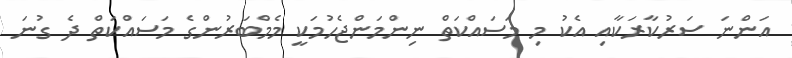
އަންނަ ސަރުކާރަކާއި އެކު މި މަސައްކަތް ނިންމަންޖެހުމަކީ މެމްބަރުންގެ މަސައްކަތް ދެ ގުނަ